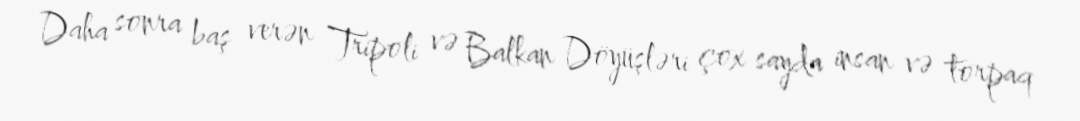
Daha sonra baş verən Tripoli və Balkan Döyüşləri çox sayda insan və torpaq